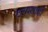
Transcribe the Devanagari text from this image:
ठरवताही